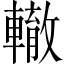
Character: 轍